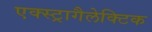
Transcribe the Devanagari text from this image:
एक्स्ट्रागैलेक्टिक